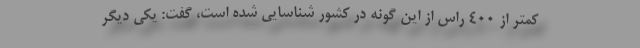
کمتر از ۴۰۰ راس از این گونه در کشور شناسایی شده است، گفت: یکی دیگر